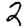
Digit: 2